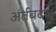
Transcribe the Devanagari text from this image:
अंर्तबदल